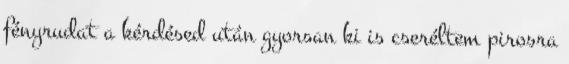
fényrudat a kérdésed után gyorsan ki is cseréltem pirosra